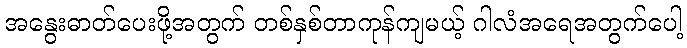
အနွေးဓာတ်ပေးဖို့အတွက် တစ်နှစ်တာကုန်ကျမယ့် ဂါလံအရေအတွက်ပေါ့